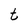
Character: t